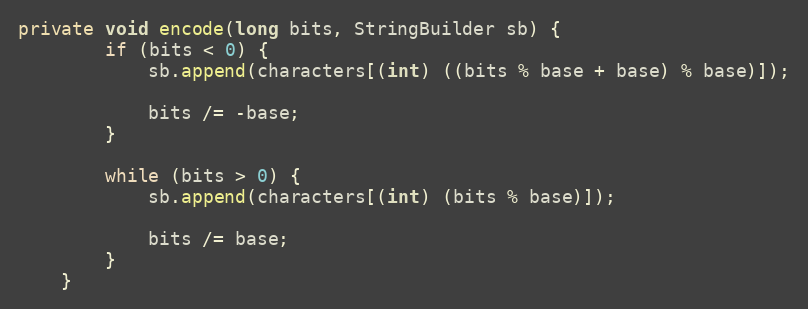
Language: Java
private void encode(long bits, StringBuilder sb) {
        if (bits < 0) {
            sb.append(characters[(int) ((bits % base + base) % base)]);

            bits /= -base;
        }

        while (bits > 0) {
            sb.append(characters[(int) (bits % base)]);

            bits /= base;
        }
    }